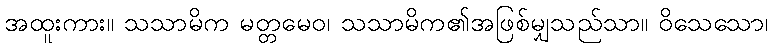
အထူးကား။ သသာမိက မတ္တမေဝ၊ သသာမိက၏အဖြစ်မျှသည်သာ။ ဝိသေသော၊